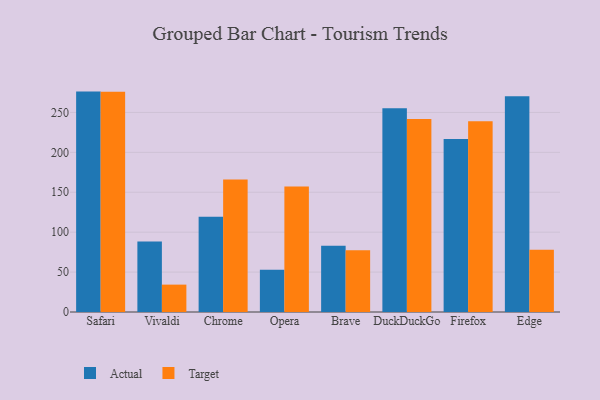
{"axis": {"x": "Browser", "y": "Production Output"}, "legend": ["Actual", "Target"], "data": [{"x": "Safari", "y": 276.1, "type": "Actual"}, {"x": "Safari", "y": 275.9, "type": "Target"}, {"x": "Vivaldi", "y": 88.3, "type": "Actual"}, {"x": "Vivaldi", "y": 34.3, "type": "Target"}, {"x": "Chrome", "y": 119.3, "type": "Actual"}, {"x": "Chrome", "y": 166.1, "type": "Target"}, {"x": "Opera", "y": 53.0, "type": "Actual"}, {"x": "Opera", "y": 157.2, "type": "Target"}, {"x": "Brave", "y": 82.9, "type": "Actual"}, {"x": "Brave", "y": 77.5, "type": "Target"}, {"x": "DuckDuckGo", "y": 255.3, "type": "Actual"}, {"x": "DuckDuckGo", "y": 241.9, "type": "Target"}, {"x": "Firefox", "y": 216.6, "type": "Actual"}, {"x": "Firefox", "y": 239.1, "type": "Target"}, {"x": "Edge", "y": 270.2, "type": "Actual"}, {"x": "Edge", "y": 78.0, "type": "Target"}]}